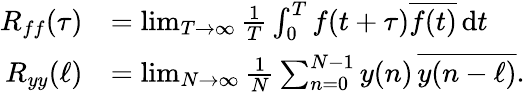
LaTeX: {\begin{array}{rl}{R_{ff}(\tau)}&{=\operatorname*{lim}_{T\rightarrow\infty}{\frac{1}{T}}\int_{0}^{T}f(t+\tau){\overline{{f(t)}}}\, \mathrm{{d}}t}\\ {R_{yy}(\ell)}&{=\operatorname*{lim}_{N\rightarrow\infty}{\frac{1}{N}}\sum_{n=0}^{N-1}y(n)\, {\overline{{y(n-\ell)}}}.}\end{array}}